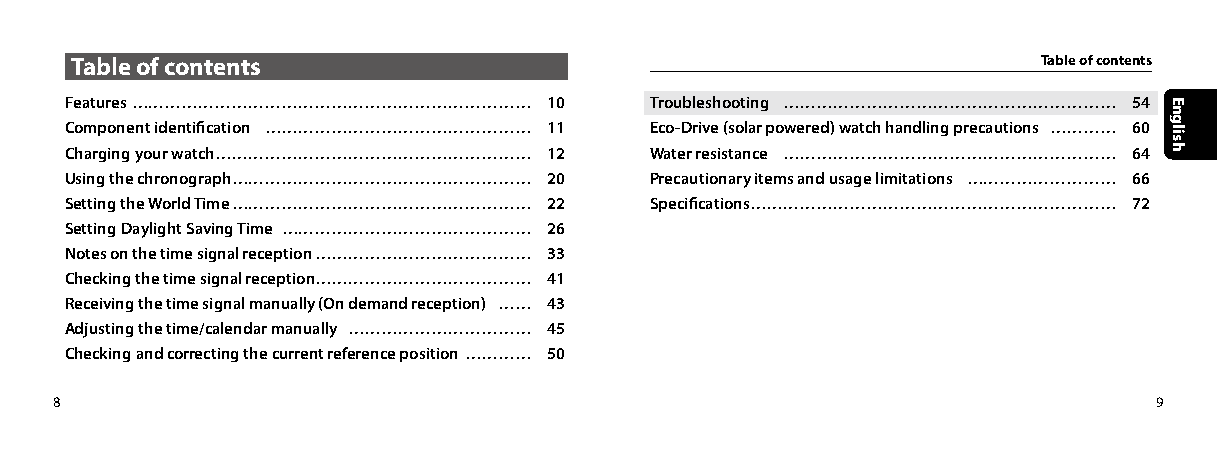
Table of contents                                               Table of contents
 Features ……………………………………………………………… 10   Troubleshooting …………………………………………………… 54
 Component identification ………………………………………… 11 Eco-Drive (solar powered) watch handling precautions ………… 60
 Charging your watch ………………………………………………… 12 Water resistance …………………………………………………… 64
 Using the chronograph ……………………………………………… 20 Precautionary items and usage limitations ……………………… 66
 Setting the World Time ……………………………………………… 22 Specifications ………………………………………………………… 72
 Setting Daylight Saving Time ……………………………………… 26
 Notes on the time signal reception ………………………………… 33
 Checking the time signal reception………………………………… 41
 Receiving the time signal manually (On demand reception) …… 43
 Adjusting the time/calendar manually …………………………… 45
 Checking and correcting the current reference position ………… 50
 8                                                                        9
 English